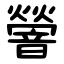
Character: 䪯